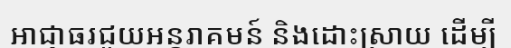
អាជ្ញាធរជួយអន្តរាគមន៍ និងដោះស្រាយ ដើម្បី